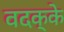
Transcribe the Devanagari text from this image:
वदक्के